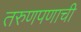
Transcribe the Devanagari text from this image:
तरुणपणाची